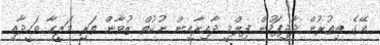
އޭގެ އިތުރުން ދާދިފަހުން ފިލްމީ ދާއިރާއިން ނުކުތް ޒުވާން ތަރި މަލީހާ ވަހީދާއި